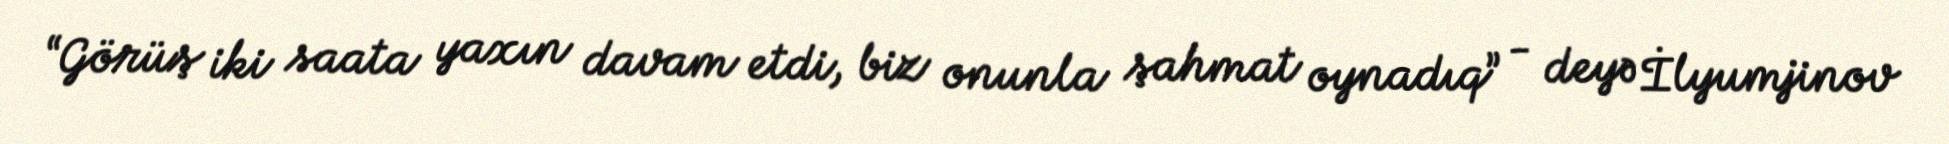
“Görüş iki saata yaxın davam etdi, biz onunla şahmat oynadıq” - deyə İlyumjinov